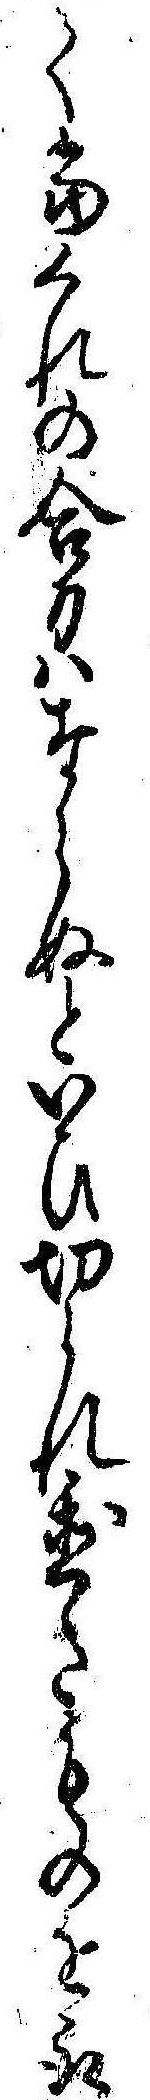
て当くれの合力はならぬといひ切られ置たものを取